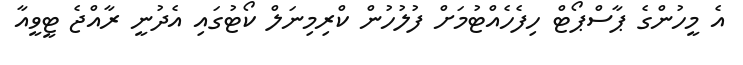
އެ މީހުންގެ ޕާސްޕޯޓް ހިފެހެއްޓުމަށް ފުލުހުން ކްރިމިނަލް ކޯޓުގައި އެދުނީ ރާއްޖެ ޓީވީއާ